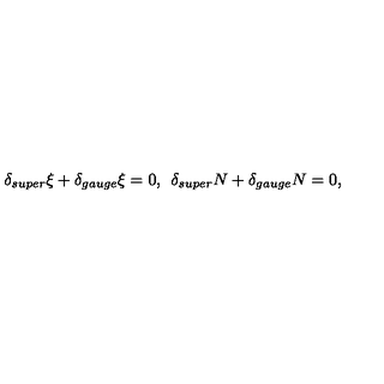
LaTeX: \delta _ { s u p e r } \xi + \delta _ { g a u g e } \xi = 0 , \: \: \delta _ { s u p e r } N + \delta _ { g a u g e } N = 0 ,